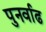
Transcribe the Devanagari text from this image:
पुनर्वाढ